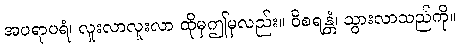
အပရာပရံ၊ လူးလာလူးလာ ထိုမှဤမှလည်း။ ဝိစရန္တံ၊ သွားလာသည်ကို။